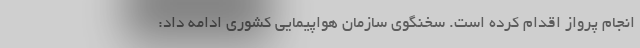
انجام پرواز اقدام کرده است. سخنگوی سازمان هواپیمایی کشوری ادامه داد: